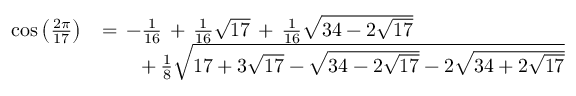
{ \begin{array} { r l } { \cos { \left( { \frac { 2 \pi } { 1 7 } } \right) } } & { = \, - { \frac { 1 } { 1 6 } } \, + \, { \frac { 1 } { 1 6 } } { \sqrt { 1 7 } } \, + \, { \frac { 1 } { 1 6 } } { \sqrt { 3 4 - 2 { \sqrt { 1 7 } } } } } \\ & { \qquad + \, { \frac { 1 } { 8 } } { \sqrt { 1 7 + 3 { \sqrt { 1 7 } } - { \sqrt { 3 4 - 2 { \sqrt { 1 7 } } } } - 2 { \sqrt { 3 4 + 2 { \sqrt { 1 7 } } } } } } } \end{array} }